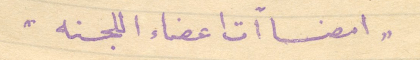
" امضاأت اعضاء اللجنه "